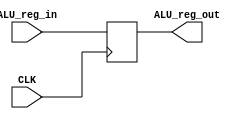
`timescale 1ns / 1ps

module alu_out_register # ( parameter WL = 32 )
(
    input CLK,
    input signed [WL - 1 : 0] ALU_reg_in,
    output reg signed [WL - 1 : 0] ALU_reg_out
);
    
    always @ (posedge CLK)
    begin
        ALU_reg_out <= ALU_reg_in;
    end
    
endmodule